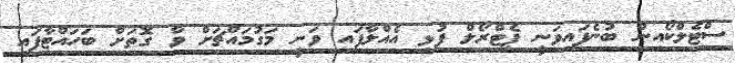
ސްޓެލްކޯއިން ބުނެފައިވަނީ ޕެޓްރޯލް ފުޅި އެއްލާފައި ވަނީ މަގުމައްޗަށް ވާ ގޮތަށް ބަހައްޓާފައި